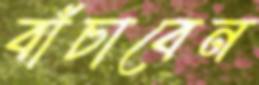
বাঁচাবেন